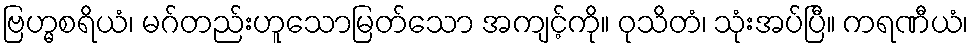
ဗြဟ္မစရိယံ၊ မဂ်တည်းဟူသောမြတ်သော အကျင့်ကို။ ဝုသိတံ၊ သုံးအပ်ပြီ။ ကရဏီယံ၊